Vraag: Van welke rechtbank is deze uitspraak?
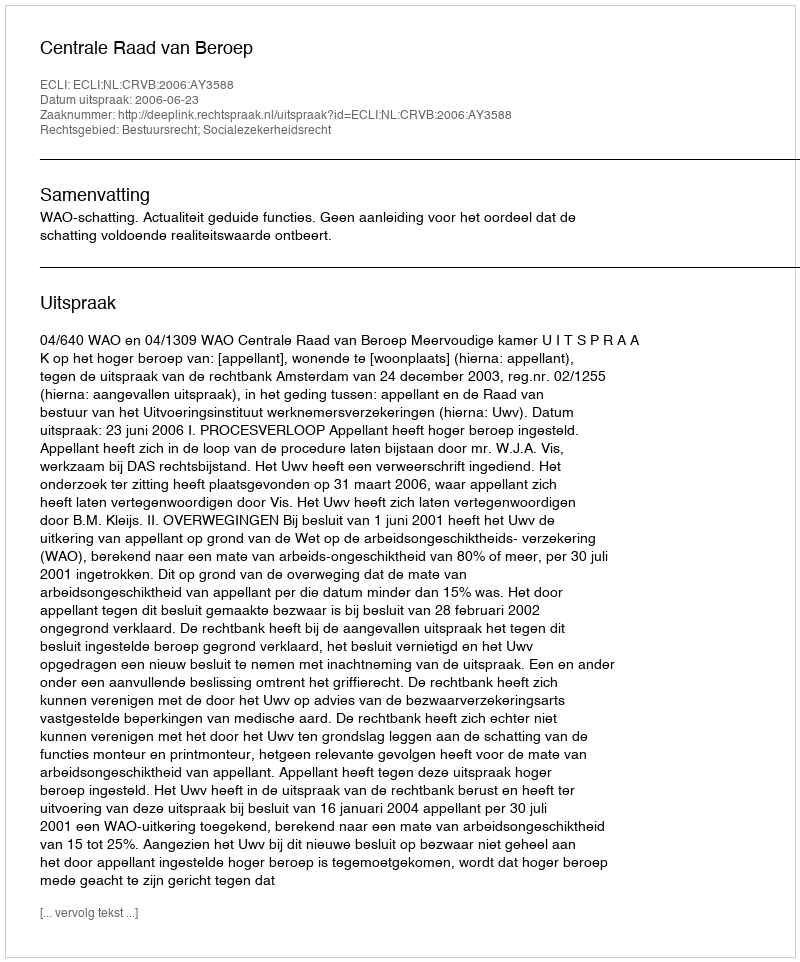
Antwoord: Centrale Raad van Beroep